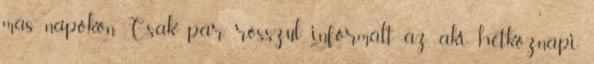
más napokon. Csak pár rosszul informált az, aki hétköznapi